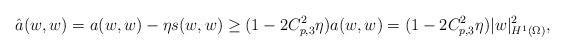
LaTeX: \begin{align*} \hat a(w, w) = a(w, w) - \eta s(w,w) \ge (1 - 2 C^2_{p,3} \eta) a(w,w) = (1 - 2 C^2_{p,3} \eta) | w |^2_{H^1(\Omega)},\end{align*}